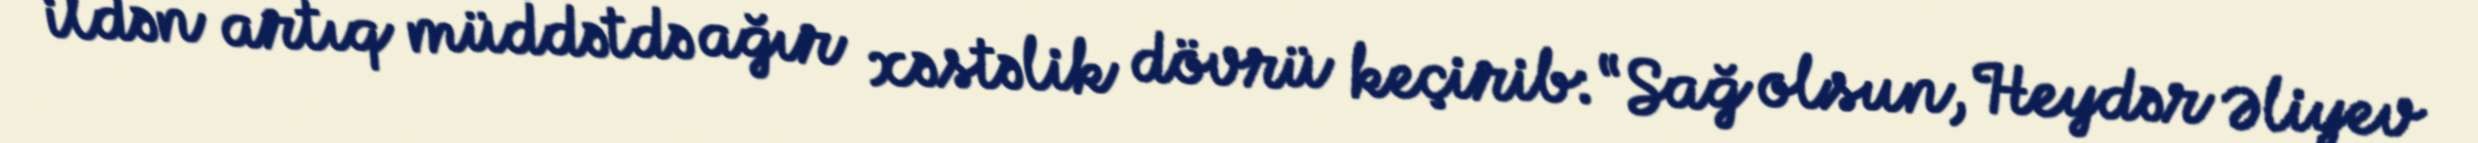
ildən artıq müddətdə ağır xəstəlik dövrü keçirib: “Sağ olsun, Heydər Əliyev